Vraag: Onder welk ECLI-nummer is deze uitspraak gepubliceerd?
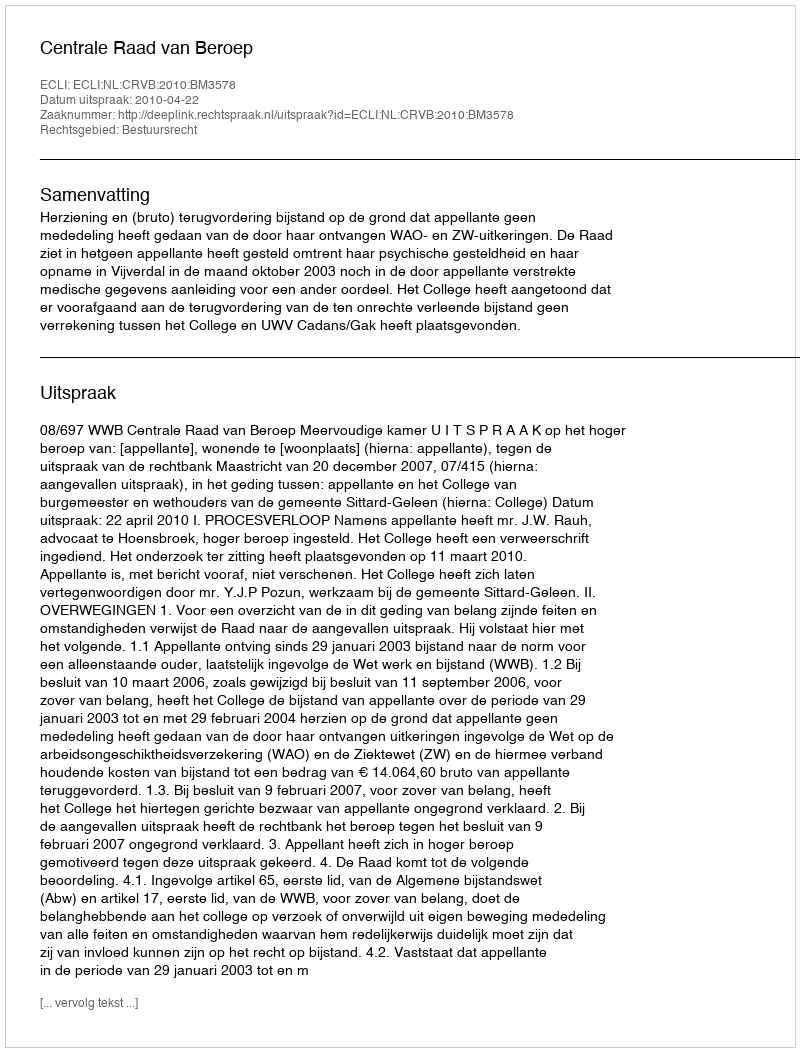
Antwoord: ECLI:NL:CRVB:2010:BM3578